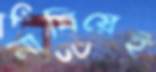
নামিয়েই